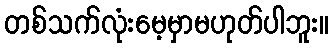
တစ်သက်လုံးမေ့မှာမဟုတ်ပါဘူး။